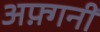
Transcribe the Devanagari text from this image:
अफ़्गनी